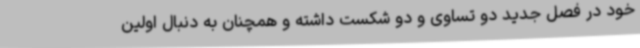
خود در فصل جدید دو تساوی و دو شکست داشته و همچنان به دنبال اولین